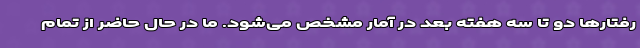
رفتارها دو تا سه هفته بعد در آمار مشخص می‌شود. ما در حال حاضر از تمام